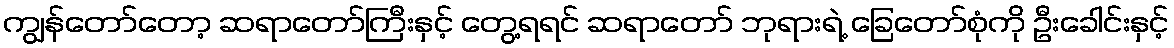
ကျွန်တော်တော့ ဆရာတော်ကြီးနှင့် တွေ့ရရင် ဆရာတော် ဘုရားရဲ့ ခြေတော်စုံကို ဦးခေါင်းနှင့်